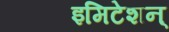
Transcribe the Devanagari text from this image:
इमिटेशन्